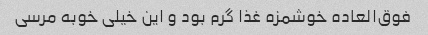
فوق‌العاده خوشمزه غذا گرم بود و این خیلی خوبه مرسی